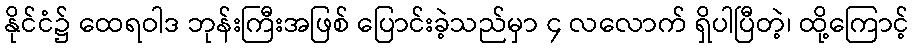
နိုင်ငံ၌ ထေရဝါဒ ဘုန်းကြီးအဖြစ် ပြောင်းခဲ့သည်မှာ ၄ လလောက် ရှိပါပြီတဲ့၊ ထို့ကြောင့်